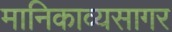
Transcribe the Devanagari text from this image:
मानिकाव्यसागर